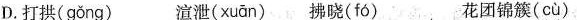
D.打拱( gǒng ) 渲泄( xuān ) 拂晓( fó ) 花团锦簇( cù )